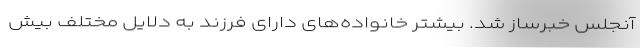
آنجلس خبرساز شد. بیشتر خانواده‌های دارای فرزند به دلایل مختلف بیش